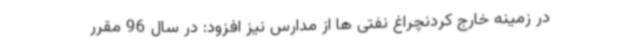
در زمینه خارج کردنچراغ نفتی ها از مدارس نیز افزود: در سال 96 مقرر